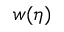
w ( \eta )